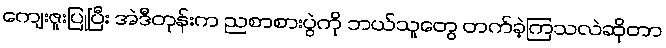
ကျေးဇူးပြုပြီး အဲဒီတုန်းက ညစာစားပွဲကို ဘယ်သူတွေ တက်ခဲ့ကြသလဲဆိုတာ